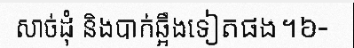
សាច់ដុំ និងបាក់ឆ្អឹងទៀតផង។៦-